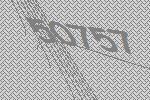
50757